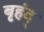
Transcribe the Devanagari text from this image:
बृहंद्